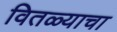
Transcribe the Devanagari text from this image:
वितळ्याचा